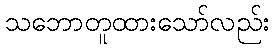
သဘောတူထားသော်လည်း